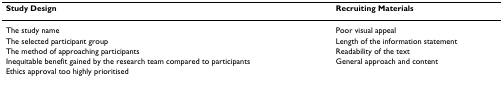
<table><thead><tr><td><b>Study Design</b></td><td><b>Recruiting Materials</b></td></tr></thead><tbody><tr><td>The study name</td><td>Poor visual appeal</td></tr><tr><td>The selected participant group</td><td>Length of the information statement</td></tr><tr><td>The method of approaching participants</td><td>Readability of the text</td></tr><tr><td>Inequitable benefit gained by the research team compared to participants</td><td>General approach and content</td></tr><tr><td>Ethics approval too highly prioritised</td><td></td></tr></tbody></table>